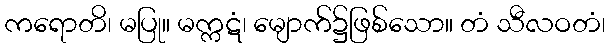
ကရောတိ၊ မပြု။ မက္ကဋံ၊ မျောက်၌ဖြစ်သော။ တံ သီလဝတံ၊